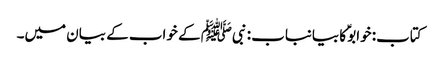
کتاب: خوابوؑ کا بیانباب : نبیﷺ کے خواب کے بیان میں۔